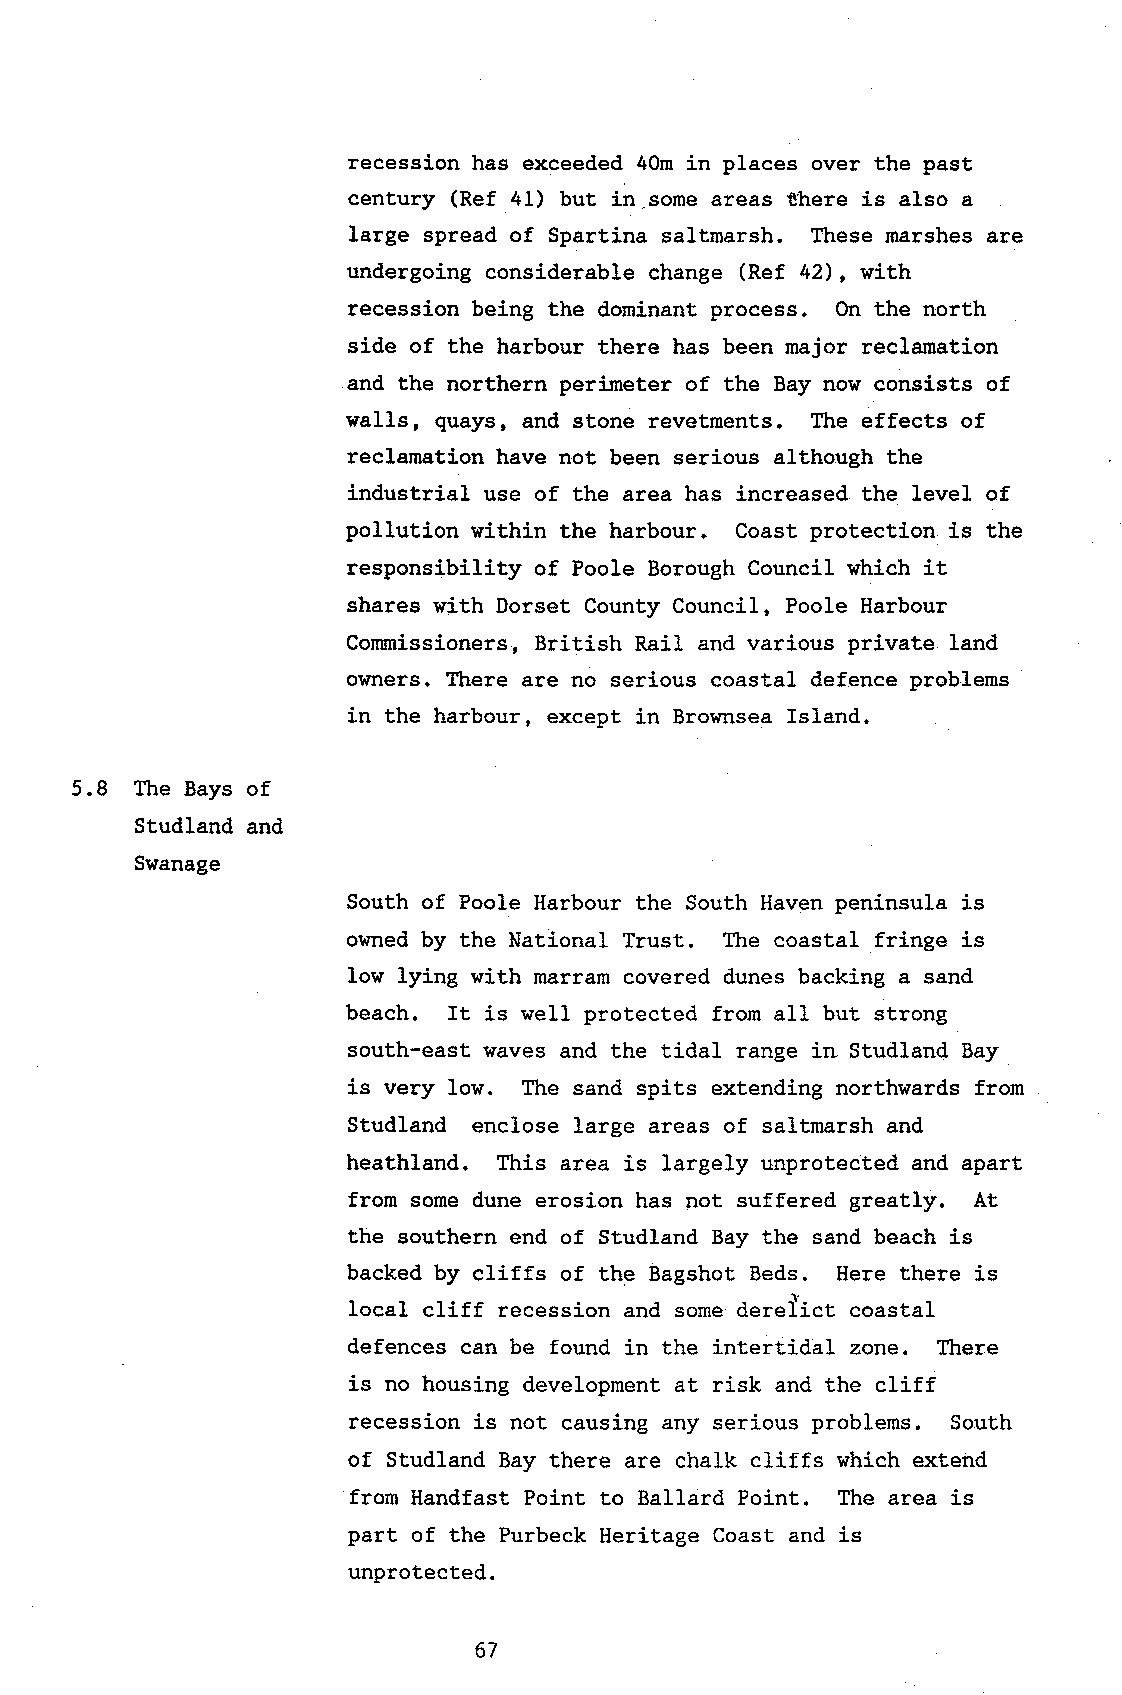
recession has exceeded 40m in places over the past
 century (Ref 41) but in.some areas there is also a
 large spread of Spartina saltmarsh. These marshes are
 undergoing considerable change (Ref 42), with
 recession being the dominant process. On the north
 side of the harbour there has been major reclamation
 and the northern perjmeter of the Bay now consists of
 walls, quays, and stone revetments. The effects of
 reclamation have not been serious although the
 industrial use of the area has increased the level of
 pollution within the harbour. Goast protection is the
 responsibility of Poole Borough Council which it
 shares with Dorset County Council, Poole Harbour
 Corrnissioners, Briti-sh Rail and various private land
 o\dners. There are no serious coastal defence problems
 in the harbour, except in Brownsea Island.
 5.8 The Bays of
 Studland and
 Swanage
 South of Poole Harbour the South Haven peninsula is
 owned by the National Trust. fhe coastal fringe is
 low lying with marram covered dunes backing a sand
 beach. It is well protected from all but strong
 south-east waves and the tidal range in Studland Bay
 is very low. The sand spits extending northwards from
 Studland enclose large areas of saltmarsh and
 heathland. This area is largely unprotected and apart
 from some dune erosion has not suffered greatly. At
 the southern end of Studland Bay the sand beach is
 backed by cliffs of the Bagshot Beds. Here there is
 local cliff recession and some derefict coastal
 defences can be found in the intertidal zone. There
 is no housing development at risk and the cliff
 recession is not causing any serious problems. South
 of Studland Bay there are chalk cliffs which extend
 from Handfast Point to Ballard Point. The area is
 part of the Purbeck Heritage Coast and is
 unprotected.
 67